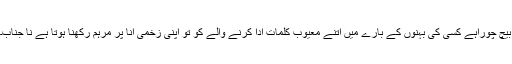
بیچ چوراہے کسی کی بہنوں کے بارے میں اتنے معیوب کلمات ادا کرنے والے کو تو اپنی زخمی انا پر مرہم رکھنا ہوتا ہے نا جناب۔